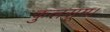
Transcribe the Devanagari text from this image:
कुलसूम।